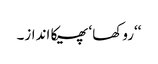
‘‘روکھا ‘ پھیکا انداز۔